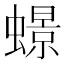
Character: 𧑊